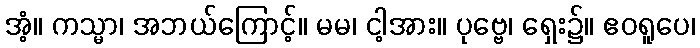
အံ့။ ကသ္မာ၊ အဘယ်ကြောင့်။ မမ၊ ငါ့အား။ ပုဗ္ဗေ၊ ရှေး၌။ ဧဝရူပေ၊